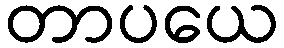
တာပယေ